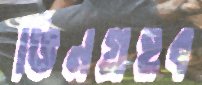
ভিনগ্রহব